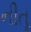
નીતૂ